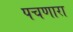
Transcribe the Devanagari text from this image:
पचणारा